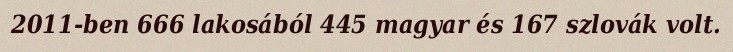
2011-ben 666 lakosából 445 magyar és 167 szlovák volt.